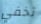
تخفي